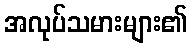
အလုပ်သမားများ၏